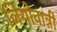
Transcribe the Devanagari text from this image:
जियोवान्नी